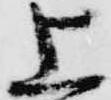
上